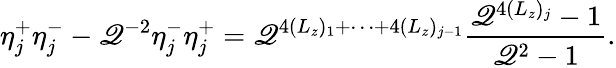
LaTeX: \eta_{j}^{+}\eta_{j}^{-}-\mathscr{Q}^{-2}\eta_{j}^{-}\eta_{j}^{+}=\mathscr{Q}^{4(L_{z})_{1}+\cdots+4(L_{z})_{j-1}}\frac{{\mathscr{Q}^{4(L_{z})_{j}}-1}}{{\mathscr{Q}^{2}-1}}.